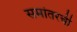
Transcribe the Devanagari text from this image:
समांतरची